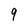
Character: 9